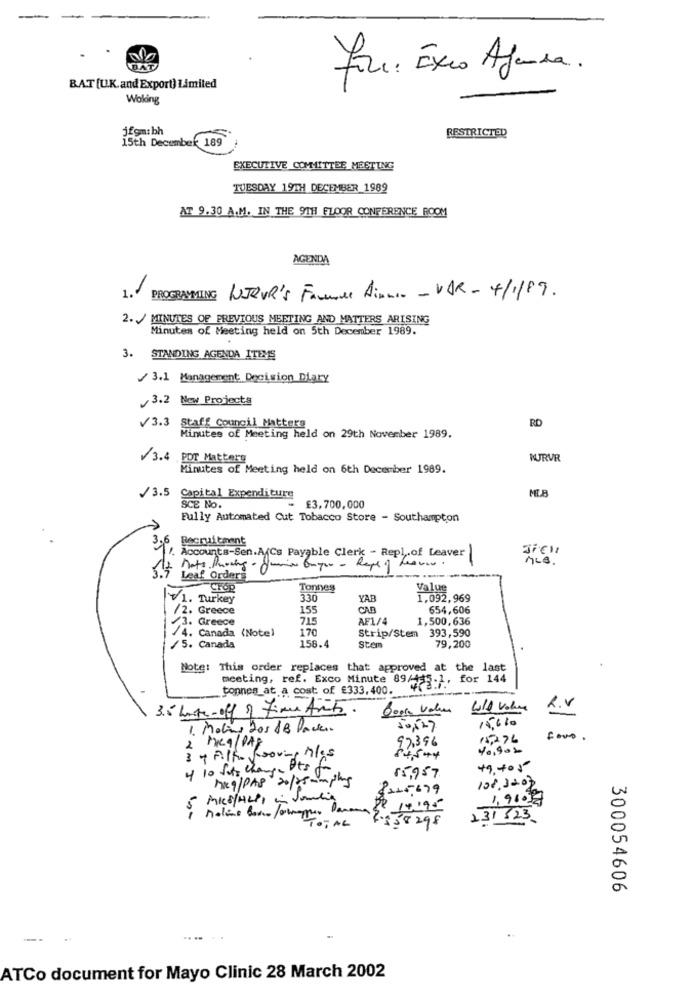
For: Exco Agenda.
BAT [U.K.and Export) Limited
Woking
jfgm:bh
15th December 189
RESTRICTED
EXECUTIVE COMMITTEE MEETING
TUESDAY 19TH DECEMBER 1989
AT 9.30 A.M. IN THE 9TH FLOOR CONFERENCE ROOM
AGENDA
1.1
LEJOUR'S Frece Ainrio - VAR - 4/1/89 .
2./ MINUTES OF PREVIOUS MEETING AND MATTERS ARISING
Minutes of Meeting held on 5th December 1989.
3. STANDING AGENDA ITEMS
/ 3.1 Management: Decision Diary
3.2 New Projects
RD
V3.3 Staff Council Matters
Minutes of Meeting held on 29th November 1989.
3.4 POT Matters
WURVR
Minutes of Meeting held on 6th December 1989.
MELB
/3.5 Capital Expenditure
SCE No.
£3.700,000
Fully Automated Cut Tobacco Store - Southampton
Recruitment
/. Accounts-Sen.A(Cs Payable Clerk - Repl.of teaver
SiEll
Leaf Orders
Tonnes
Value
1. Turkey
330
YAB
1,092,969
2. Greece
155
CAB
654,606
. Greece
715
AF1/4
1,500,636
/4. Canada (Note)
170
Strip/Stem 393,590
158.4
79,200
/5. Canada
Stem
Note: This order replaces that approved at the last
meeting, ref. Exco Minute 89/445.1, for 144
tonnes_at a cost of £333,400.
3.5 hours-off of time Ants
Will Volume
R.V
15,010
1. Meling Dos &B Packen
50,527
97,396
15776
.
2 Mg/DAY
10.9000
3 + Filho proving hlas
84,5+4
4 10 fits change its fr
49,405
15,957
108.3007
Mag/PAP 20/25 mm pms
8225,679
MICS/HLP,
1,9107
5
Panama
PR 14195
4.558298
131 523
TOTAL
300054606
-
.. .
ATCo document for Mayo Clinic 28 March 2002